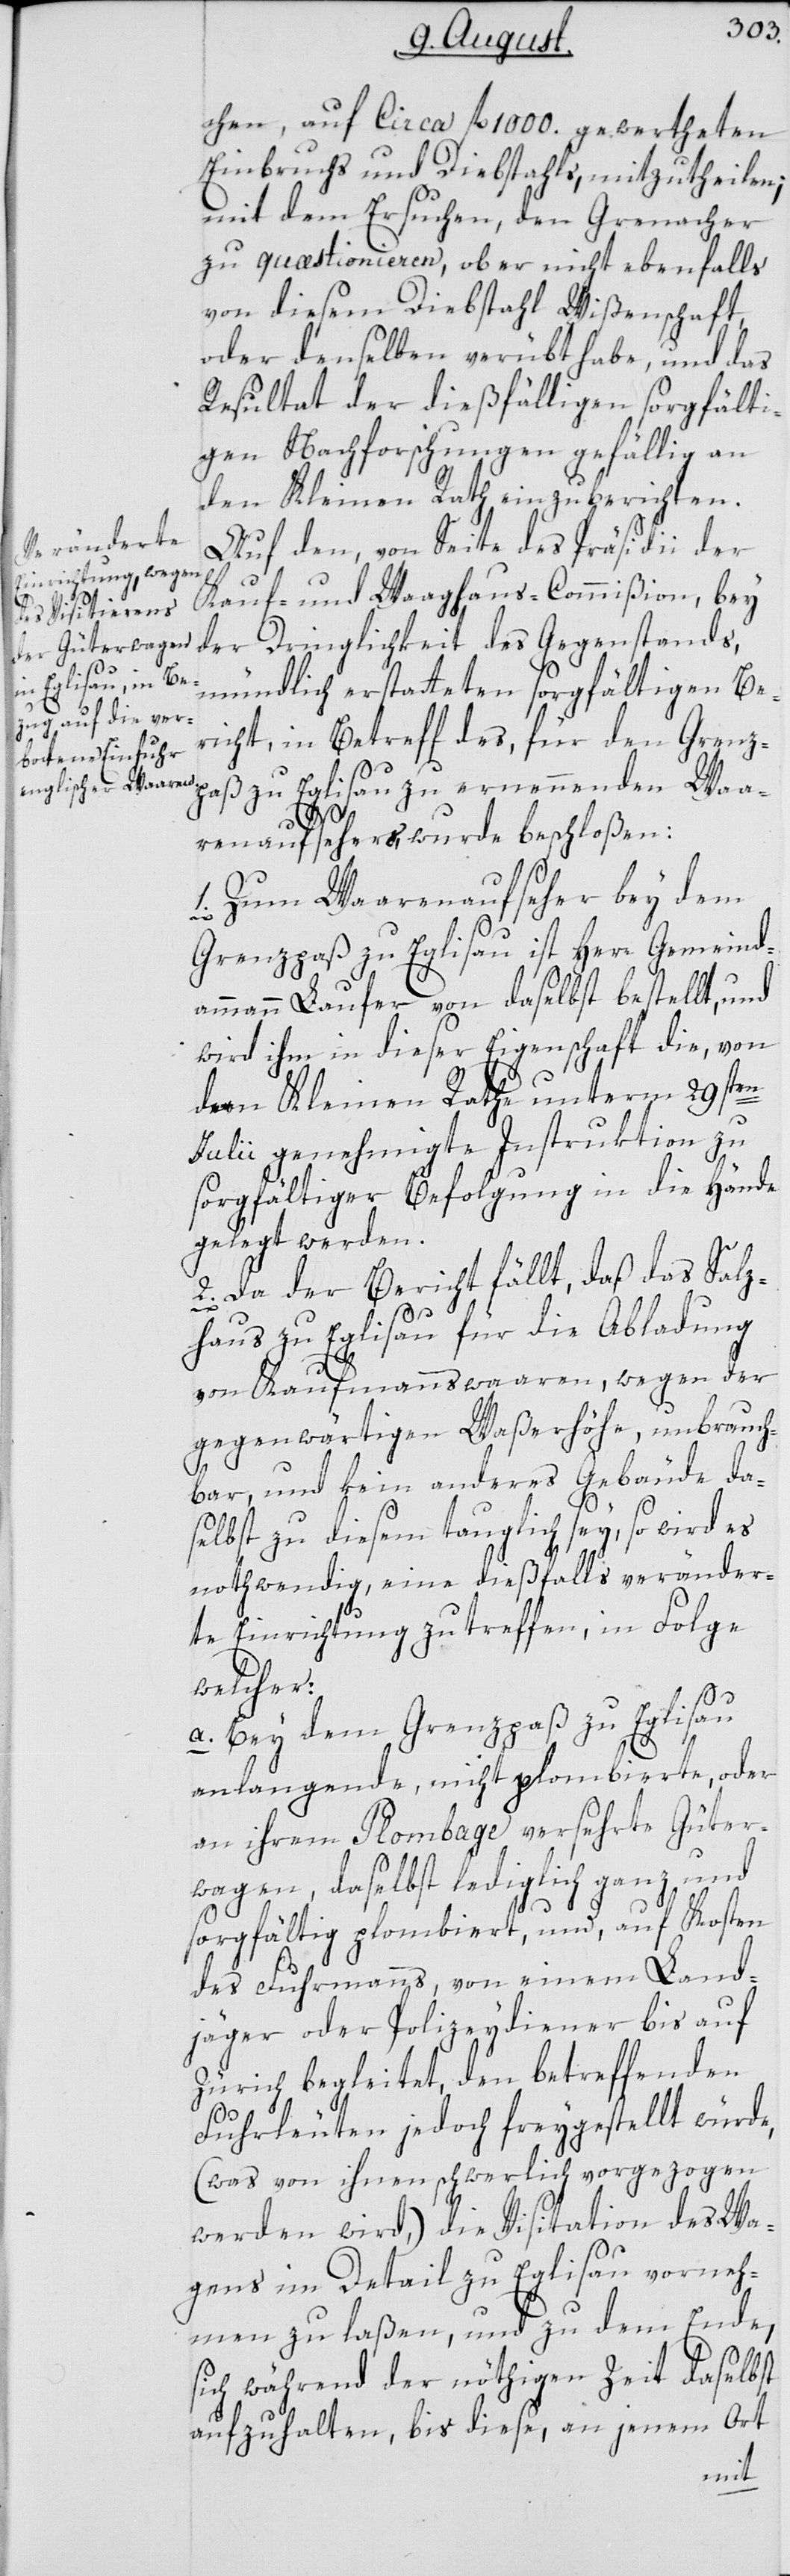
chen, auf circa fl. 1000. gewertheten
Einbruchs und Diebstahls, mitzutheilen;
mit dem Ersuchen, den Grenacher
zu quæstionieren, ob er nicht ebenfalls
von diesem Diebstahl Wißenschaft,
oder denselben verübt habe, und das
Resultat der dießfälligen sorgfälti¬
gen Nachforschungen gefällig an
den Kleinen Rath einzuberichten.
Auf den, von Seite des Präsidii der
Kauf- und Waaghaus-Commißion, bey
der Dringlichkeit des Gegenstands,
mündlich erstatteten sorgfältigen Be¬
richt, in Betreff des, für den Grenzp¬
aß zu Eglisau zu ernennenden Waa¬
renaufseher, wurde beschloßen:
1. Zum Waarenaufseher bey dem
Grenzpaß zu Eglisau ist Herr Gemeind¬
ammann Laufer von daselbst bestellt, und
wird ihm in dieser Eigenschaft die, von
dem Kleinen Rathe unterm 29sten
Julii genehmigte Instruktion zu
sorgfältiger Befolgung in die Hände
gelegt werden.
2. Da der Bericht fällt, daß das Salz¬
haus zu Eglisau für die Abladung
von Kaufmannswaaren, wegen der
gegenwärtigen Waßerhöhe, unbrauch¬
bar, und kein anderes Gebäude da¬
selbst zu diesem tauglich sey, so wird es
nothwendig, eine dießfalls veränder¬
te Einrichtung zu treffen, in Folge
welcher:
a. Bey dem Grenzpaß zu Eglisau
anlangende, nicht plombierte, oder
an ihrem Plombage versehrte Güter¬
wagen, daselbst lediglich ganz und
sorgfältig plombiert, und, auf Kosten
des Fuhrmanns, von einem Land¬
jäger oder Polizeydiener bis auf
Zürich begleitet, den betreffenden
Fuhrleuten jedoch freygestellt würde,
(was von ihnen schwerlich vorgezogen
werden wird,) die Visitation des Wa¬
gens im Detail zu Eglisau vorneh¬
men zu laßen, und zu dem Ende,
sich während der nöthigen Zeit daselbst
aufzuhalten, bis diese, an jenem Ort